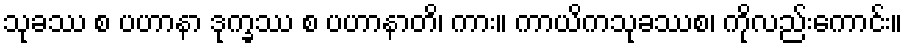
သုခဿ စ ပဟာနာ ဒုက္ခဿ စ ပဟာနာတိ၊ ကား။ ကာယိကသုခဿစ၊ ကိုလည်းကောင်း။